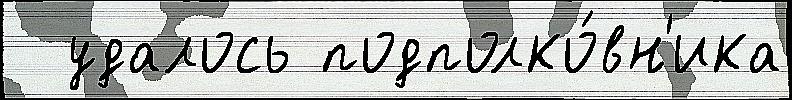
  удалось подполко́вн'ика